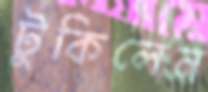
টুকিলেন